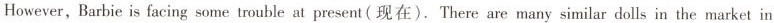
However,Barbie is facing some trouble at present( 现在 ).There are many similar dolls in the market in